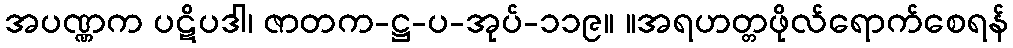
အပဏ္ဏက ပဋိပဒါ၊ ဇာတက-ဋ္ဌ-ပ-အုပ်-၁၁၉။ ။အရဟတ္တဖိုလ်ရောက်စေရန်